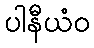
ပါနီယံဝ